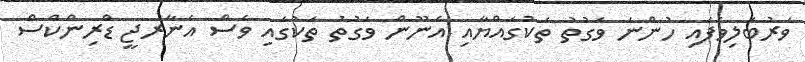
ވަރުބަލިވެފައި ހުންނަ ވަގުތު ތަކުގައްޔާއި އެނޫން ވަގުތު ތަކުގައި ވެސް އެނާރޖީ ޑްރިންކްސް